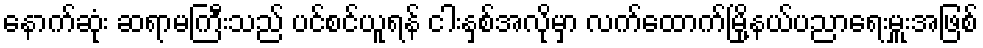
နောက်ဆုံး ဆရာမကြီးသည် ပင်စင်ယူရန် ငါးနှစ်အလိုမှာ လက်ထောက်မြို့နယ်ပညာရေးမှူးအဖြစ်